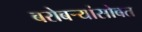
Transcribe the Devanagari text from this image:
बरोबर्‍यांसोबत